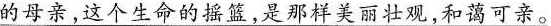
的母亲，这个生命的摇篮，是那样美丽壮观，和蔼可亲。